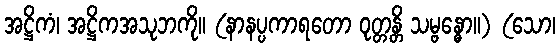
အဋ္ဌိကံ၊ အဋ္ဌိကအသုဘကို။ (နာနပ္ပကာရတော ဝုတ္တန္တိ သမ္ဗန္ဓော။) (သော၊